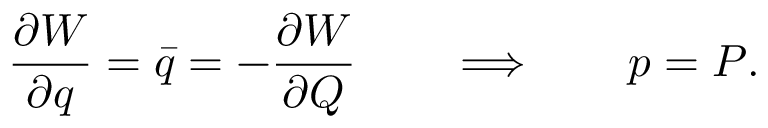
{ \frac { \partial W } { \partial q } } = \bar { q } = - { \frac { \partial W } { \partial Q } } \qquad \Longrightarrow \qquad p = P .